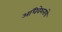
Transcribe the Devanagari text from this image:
अधिवेशनांचे